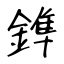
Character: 鎨